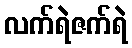
လက်ရဲဇက်ရဲ